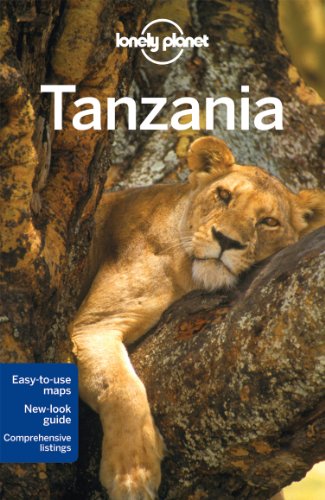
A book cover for Lonely Planet Tanzania (Travel Guide); Lonely Planet; Travel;